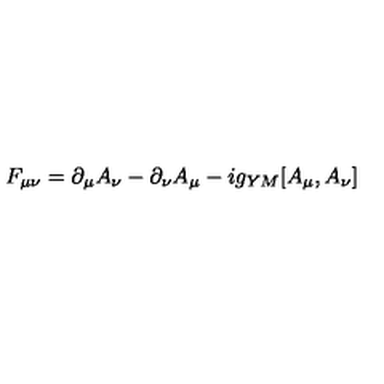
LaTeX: F _ { \mu \nu } = \partial _ { \mu } A _ { \nu } - \partial _ { \nu } A _ { \mu } - i g _ { Y M } [ A _ { \mu } , A _ { \nu } ]